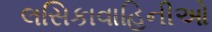
લસિકાવાહિનીઓ